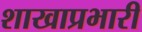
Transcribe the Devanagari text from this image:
शाखाप्रभारी